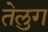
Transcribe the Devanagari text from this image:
तेलुग